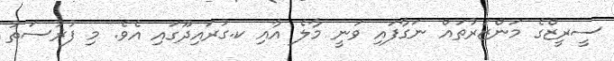
ސީރީޒްގެ މަންޒަރުތައް ނަގާފައި ވަނީ މާލެ އާއި ކ.ގުރައިދޫގައި އެވެ. މި ފުރުސަތު